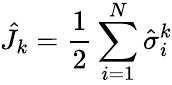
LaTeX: \hat{J}_{k}=\frac{1}{2}\sum_{i=1}^{N}\hat{\sigma}_{i}^{k}